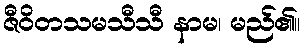
ဇီဝိတသမသီသီ နာမ၊ မည်၏။